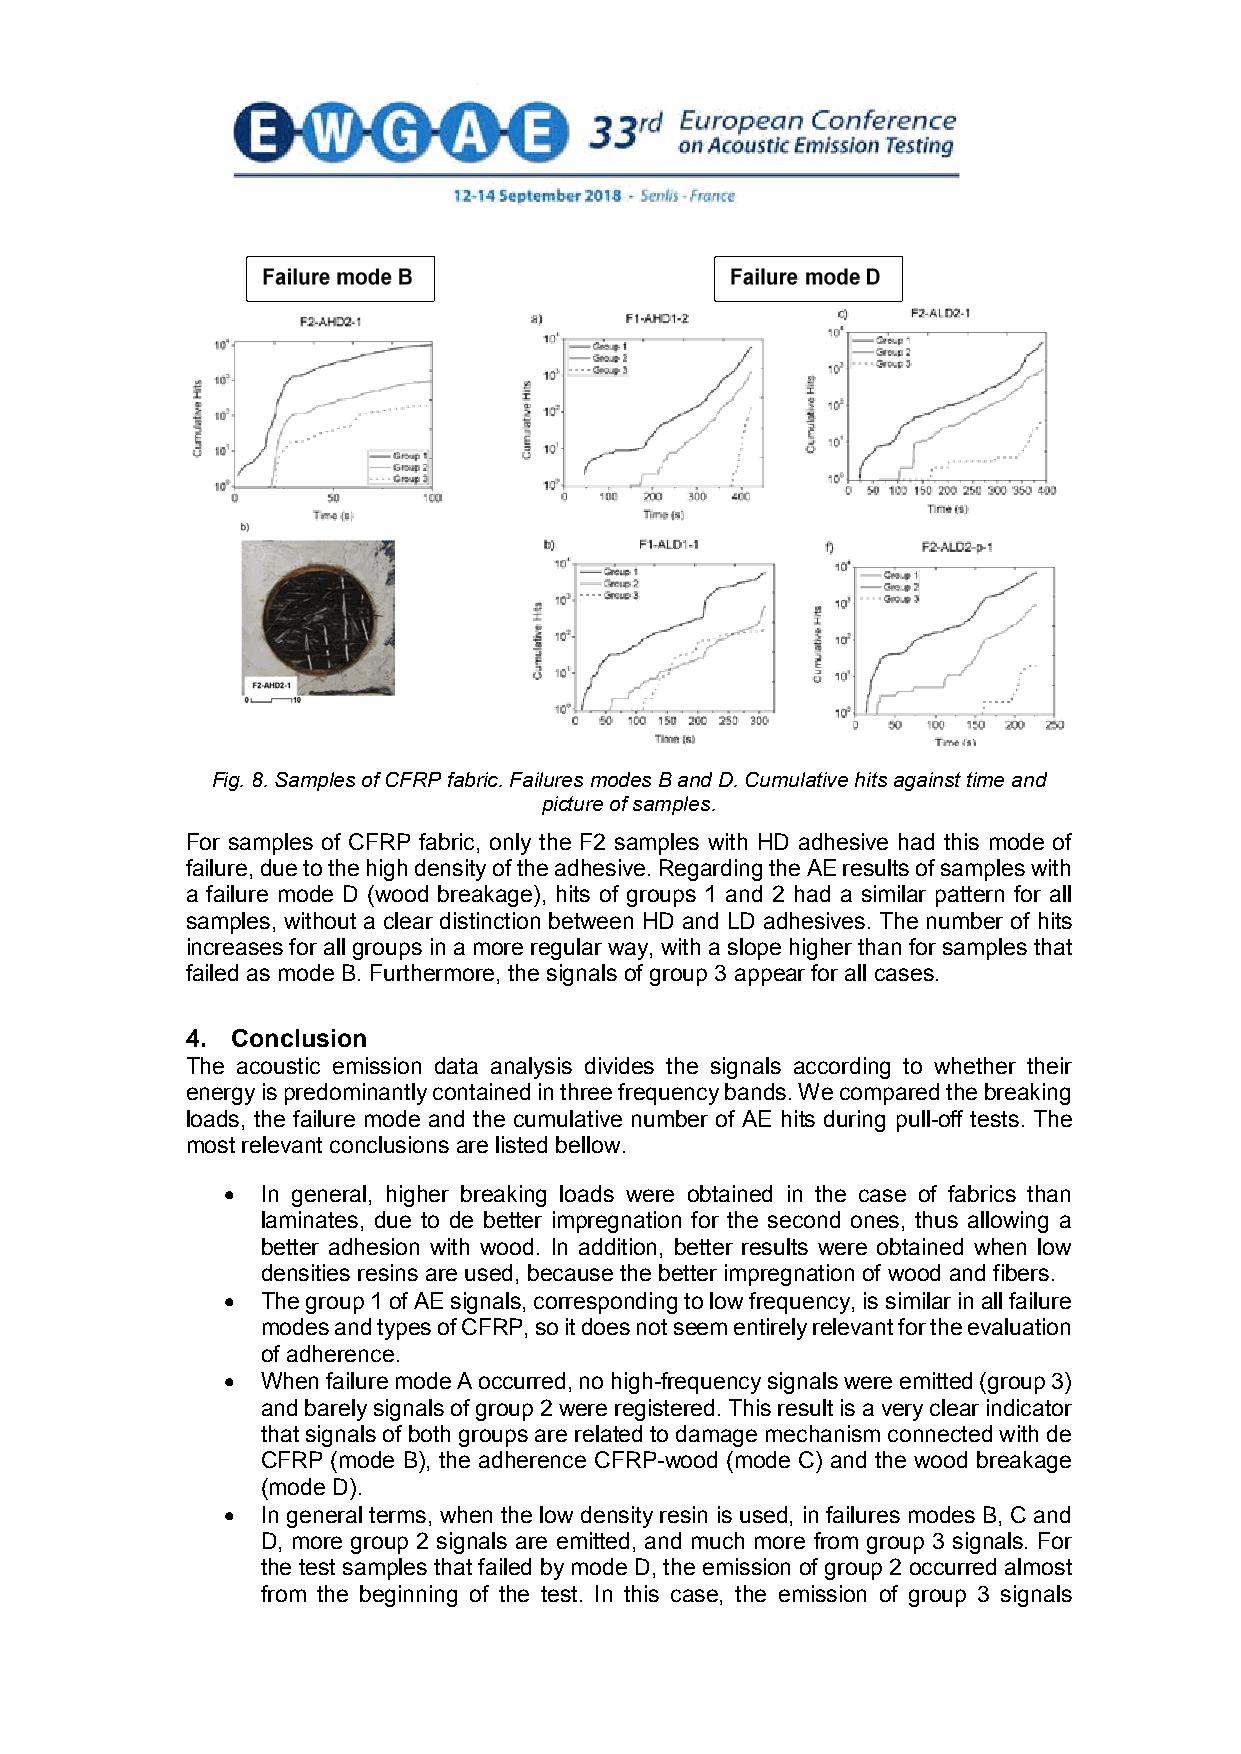
Fig. 8. Samples of CFRP fabric. Failures modes B and D. Cumulative hits against time and
 picture of samples.
 For samples of CFRP fabric, only the F2 samples with HD adhesive had this mode of
 failure, due to the high density of the adhesive. Regarding the AE results of samples with
 a failure mode D (wood breakage), hits of groups 1 and 2 had a similar pattern for all
 samples, without a clear distinction between HD and LD adhesives. The number of hits
 increases for all groups in a more regular way, with a slope higher than for samples that
 failed as mode B. Furthermore, the signals of group 3 appear for all cases.
 4. Conclusion
 The acoustic emission data analysis divides the signals according to whether their
 energy is predominantly contained in three frequency bands. We compared the breaking
 loads, the failure mode and the cumulative number of AE hits during pull-off tests. The
 most relevant conclusions are listed bellow.
 • In general, higher breaking loads were obtained in the case of fabrics than
 laminates, due to de better impregnation for the second ones, thus allowing a
 better adhesion with wood. In addition, better results were obtained when low
 densities resins are used, because the better impregnation of wood and fibers.
 • The group 1 of AE signals, corresponding to low frequency, is similar in all failure
 modes and types of CFRP, so it does not seem entirely relevant for the evaluation
 of adherence.
 • When failure mode A occurred, no high-frequency signals were emitted (group 3)
 and barely signals of group 2 were registered. This result is a very clear indicator
 that signals of both groups are related to damage mechanism connected with de
 CFRP (mode B), the adherence CFRP-wood (mode C) and the wood breakage
 (mode D).
 • In general terms, when the low density resin is used, in failures modes B, C and
 D, more group 2 signals are emitted, and much more from group 3 signals. For
 the test samples that failed by mode D, the emission of group 2 occurred almost
 from the beginning of the test. In this case, the emission of group 3 signals
 6